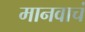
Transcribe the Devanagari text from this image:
मानवाचं